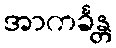
အာကင်္ခန္တ